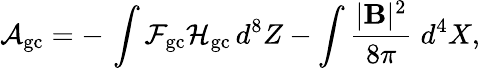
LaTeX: {\cal A}_{\mathrm{gc}}=-\, \int{\cal F}_{\mathrm{gc}}{\cal H}_{\mathrm{gc}}\, d^{8}Z-\int\frac{|{\mathbf B}|^{2}}{8\pi}\; d^{4}X,